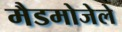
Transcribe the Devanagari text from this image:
मैडमोजेले